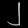
Digit: ၂